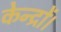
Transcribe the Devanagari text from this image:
केन्द्रों।